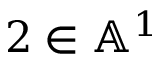
2 \in \mathbb { A } ^ { 1 }